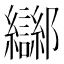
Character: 𲆤